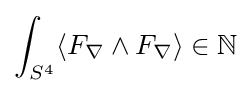
\int _{S^{4}}\langle F_{\nabla }\wedge F_{\nabla }\rangle \in \mathbb {N}